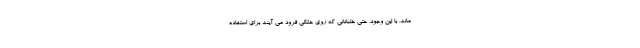
ماند. با این وجود، حتی خلبانانی که روی خشکی فرود می آیند برای استفاده